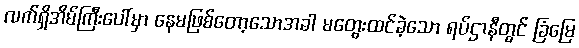
လက်ရှိအိမ်ကြီးပေါ်မှာ နေမဖြစ်တော့သောအခါ မတွေးထင်ခဲ့သော ရပ်ဌာနီတွင် ခြံမြေ